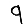
Digit: 9